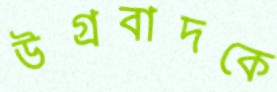
উগ্রবাদকে